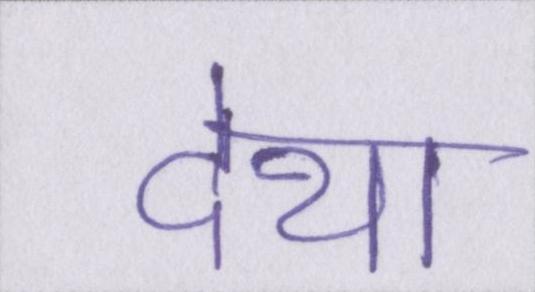
देथा